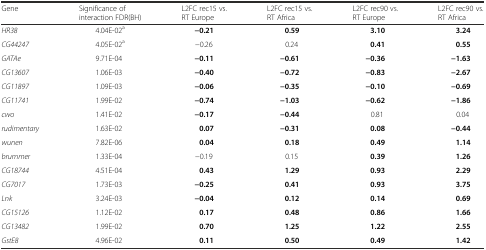
<table><thead><tr><td><b>Gene</b></td><td><b>Significance of interaction FDR(BH)</b></td><td><b>L2FC rec15 vs. RT Europe</b></td><td><b>L2FC rec15 vs. RT Africa</b></td><td><b>L2FC rec90 vs. RT Europe</b></td><td><b>L2FC rec90 vs. RT Africa</b></td></tr></thead><tbody><tr><td><i>HR38</i></td><td>4.04E-02<sup>a</sup></td><td><b>−0.21</b></td><td><b>0.59</b></td><td><b>3.10</b></td><td><b>3.24</b></td></tr><tr><td><i>CG44247</i></td><td>4.05E-02<sup>a</sup></td><td>−0.26</td><td>0.24</td><td><b>0.41</b></td><td><b>0.55</b></td></tr><tr><td><i>GATAe</i></td><td>9.71E-04</td><td><b>−0.11</b></td><td><b>−0.61</b></td><td><b>−0.36</b></td><td><b>−1.63</b></td></tr><tr><td><i>CG13607</i></td><td>1.06E-03</td><td><b>−0.40</b></td><td><b>−0.72</b></td><td><b>−0.83</b></td><td><b>−2.67</b></td></tr><tr><td><i>CG11897</i></td><td>1.09E-03</td><td><b>−0.06</b></td><td><b>−0.35</b></td><td><b>−0.10</b></td><td><b>−0.69</b></td></tr><tr><td><i>CG11741</i></td><td>1.99E-02</td><td><b>−0.74</b></td><td><b>−1.03</b></td><td><b>−0.62</b></td><td><b>−1.86</b></td></tr><tr><td><i>cwo</i></td><td>1.41E-02</td><td><b>−0.17</b></td><td><b>−0.44</b></td><td>0.81</td><td>0.04</td></tr><tr><td><i>rudimentary</i></td><td>1.63E-02</td><td><b>0.07</b></td><td><b>−0.31</b></td><td><b>0.08</b></td><td><b>−0.44</b></td></tr><tr><td><i>wunen</i></td><td>7.82E-06</td><td><b>0.04</b></td><td><b>0.18</b></td><td><b>0.49</b></td><td><b>1.14</b></td></tr><tr><td><i>brummer</i></td><td>1.33E-04</td><td>−0.19</td><td>0.15</td><td><b>0.39</b></td><td><b>1.26</b></td></tr><tr><td><i>CG18744</i></td><td>4.51E-04</td><td><b>0.43</b></td><td><b>1.29</b></td><td><b>0.93</b></td><td><b>2.29</b></td></tr><tr><td><i>CG7017</i></td><td>1.73E-03</td><td><b>−0.25</b></td><td><b>0.41</b></td><td><b>0.93</b></td><td><b>3.75</b></td></tr><tr><td><i>Lnk</i></td><td>3.24E-03</td><td><b>−0.04</b></td><td><b>0.12</b></td><td><b>0.14</b></td><td><b>0.69</b></td></tr><tr><td><i>CG15126</i></td><td>1.12E-02</td><td><b>0.17</b></td><td><b>0.48</b></td><td><b>0.86</b></td><td><b>1.66</b></td></tr><tr><td><i>CG13482</i></td><td>1.99E-02</td><td><b>0.70</b></td><td><b>1.25</b></td><td><b>1.22</b></td><td><b>2.55</b></td></tr><tr><td><i>GstE8</i></td><td>4.96E-02</td><td><b>0.11</b></td><td><b>0.50</b></td><td><b>0.49</b></td><td><b>1.42</b></td></tr></tbody></table>